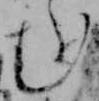
む